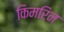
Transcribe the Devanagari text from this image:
किमरिन